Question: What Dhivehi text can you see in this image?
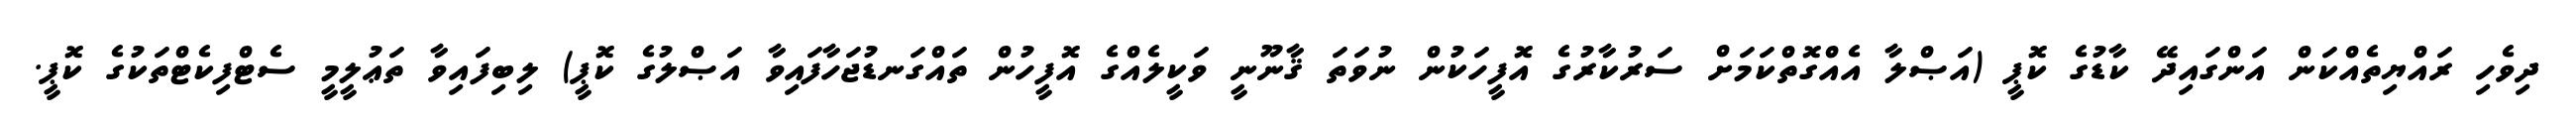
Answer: ދިވެހި ރައްޔިތެއްކަން އަންގައިދޭ ކާޑުގެ ކޮޕީ (އަޞްލާ އެއްގޮތްކަމަށް ސަރުކާރުގެ އޮފީހަކުން ނުވަތަ ޤާނޫނީ ވަކީލެއްގެ އޮފީހުން ތައްގަނޑުޖަހާފައިވާ އަޞްލުގެ ކޮޕީ) ލިބިފައިވާ ތަޢުލީމީ ސެޓްފިކެޓްތަކުގެ ކޮޕީ.